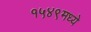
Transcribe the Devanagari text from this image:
१५४९मध्ये